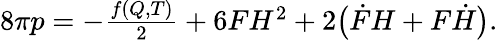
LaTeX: \begin{array}{r}{8\pi p=-\frac{f(Q,T)}{2}+6FH^{2}+2\big(\dot{F}H+F\dot{H}\big).}\end{array}